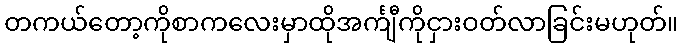
တကယ်တော့ကိုစာကလေးမှာထိုအင်္ကျီကိုငှားဝတ်လာခြင်းမဟုတ်။